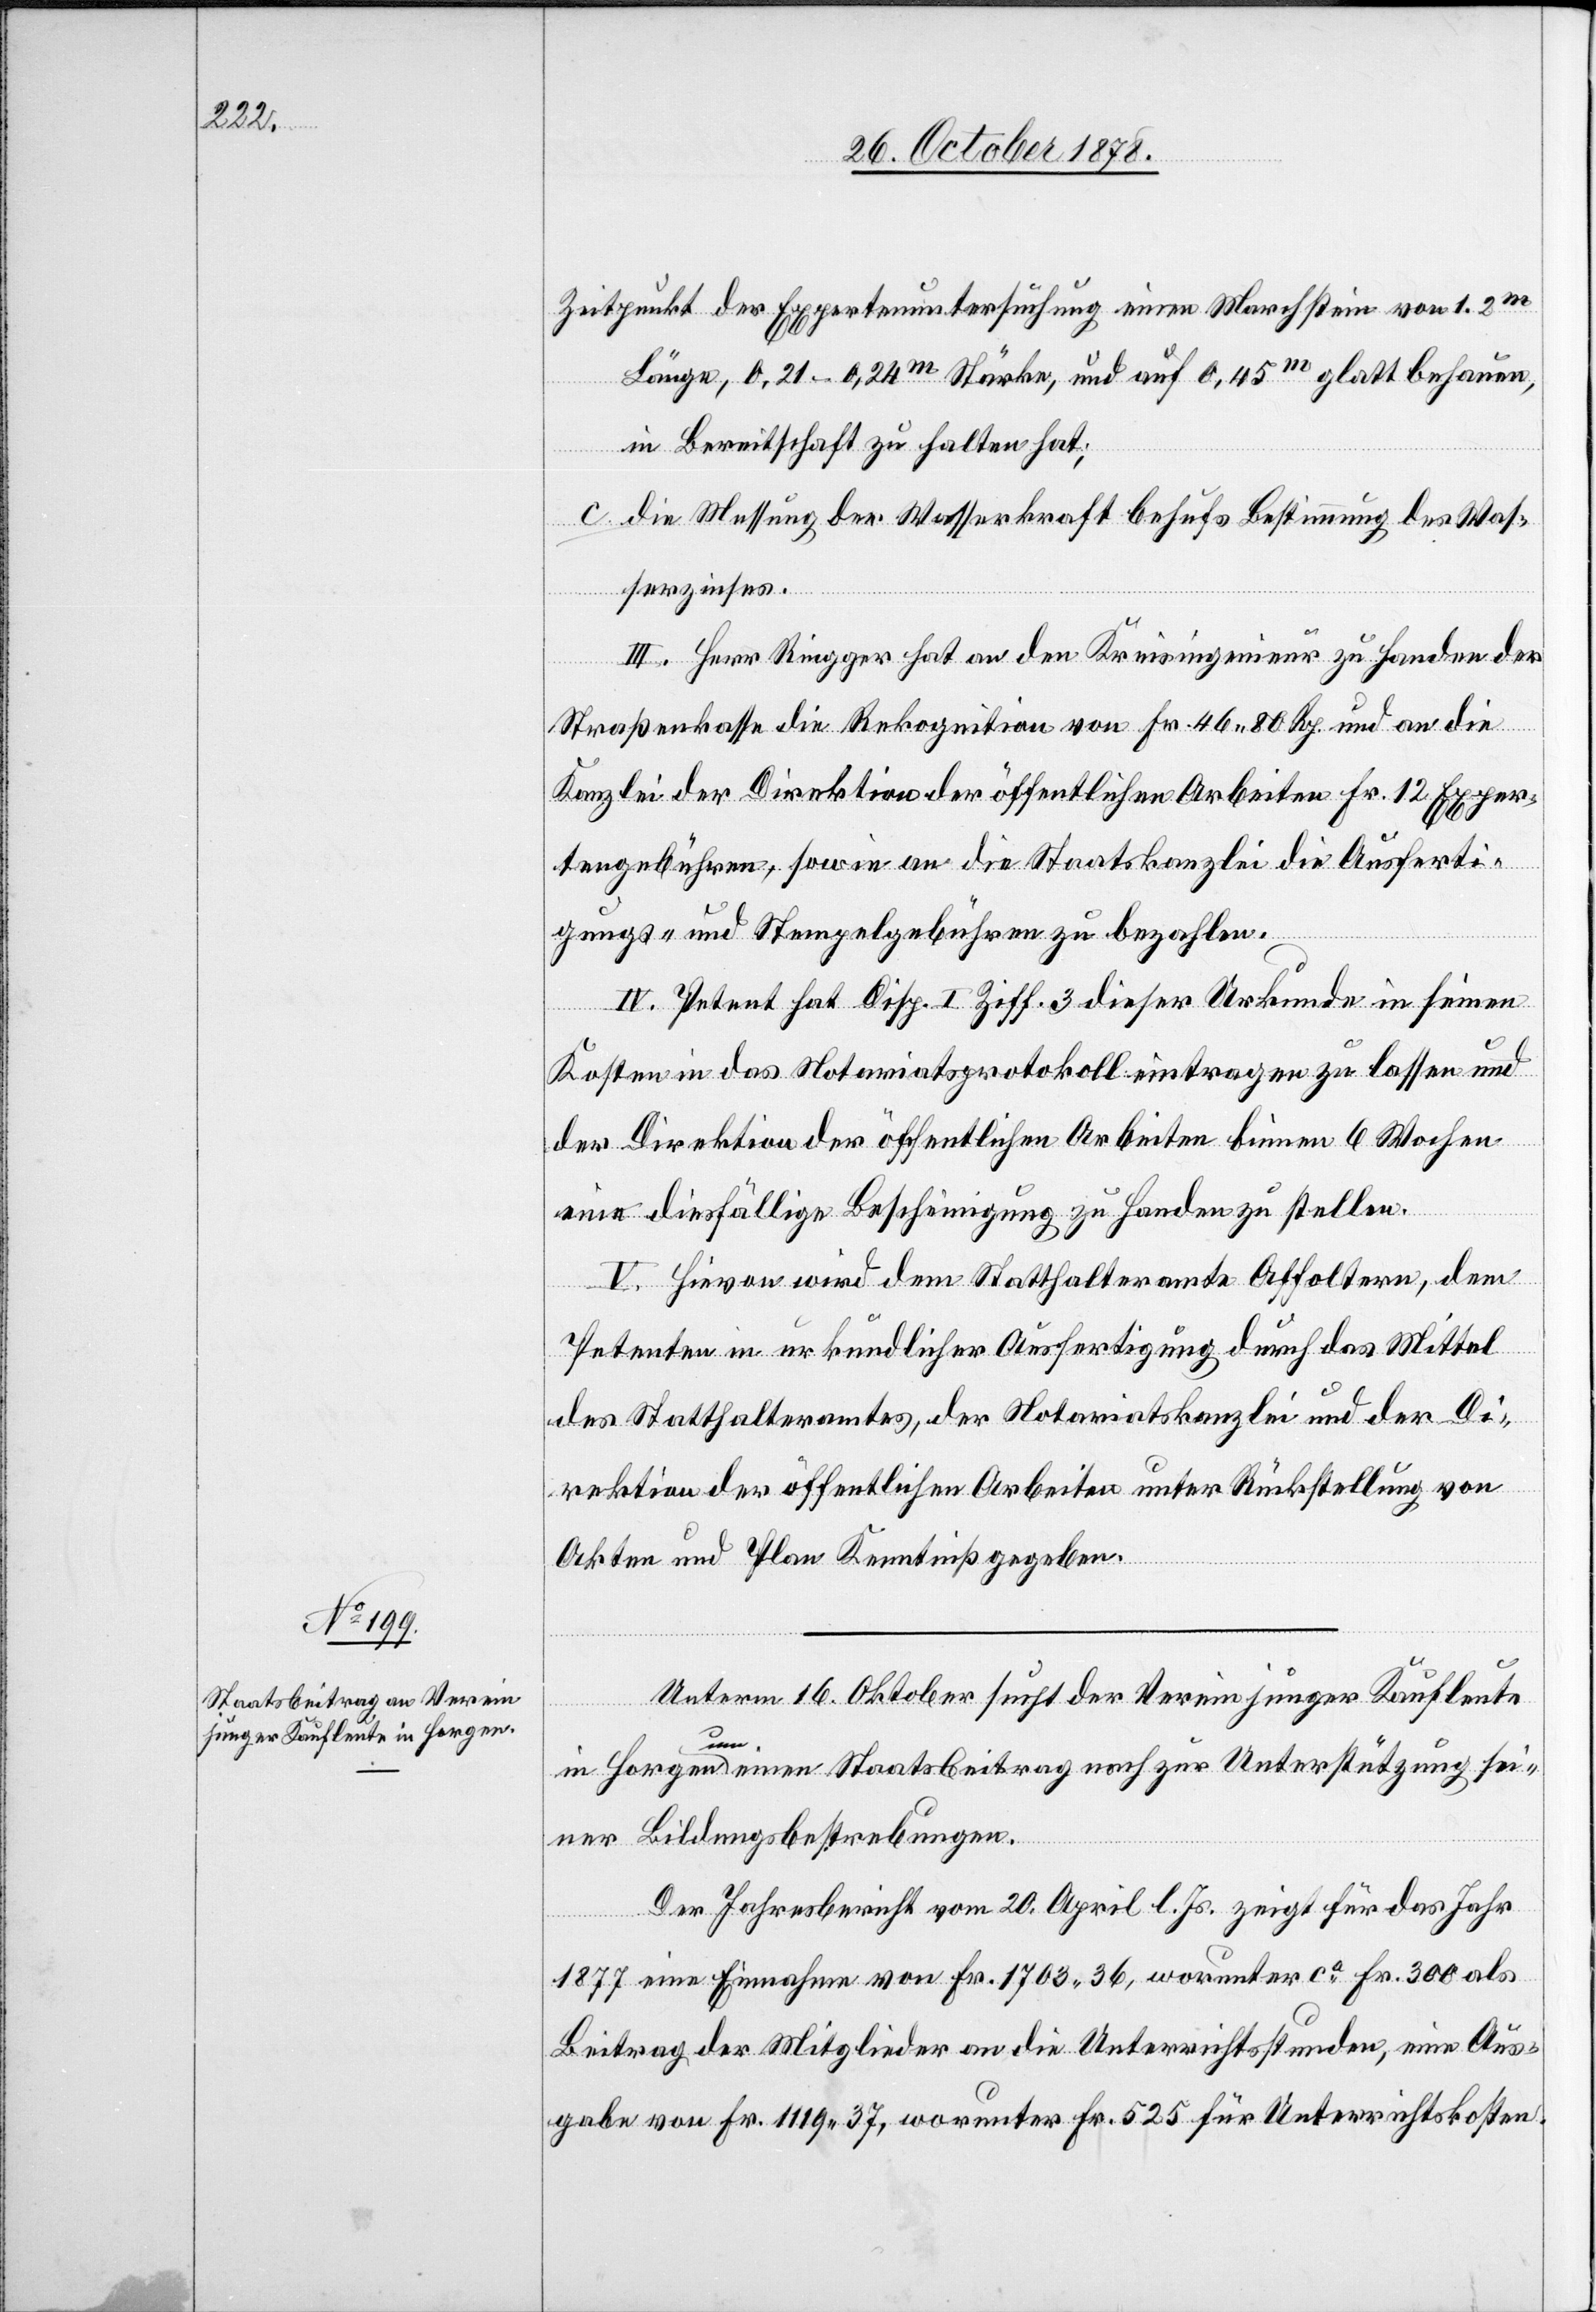
Zeitpunkt der Expertenuntersuchung einen Marchstein von 1.2m
Länge, 0,21–0,24m Stärke, und auf 0,45m glatt behauen,
in Bereitschaft zu halten hat;
c. die Messung der Wasserkraft behufs Bestimmung des Was¬
serzinses.
III. Herr Ringger hat an den Kreisingenieur zu Handen der
Straßenkasse die Rekognition von Fr. 46 80 Rp. und an die
Kanzlei der Direktion der öffentlichen Arbeiten Fr. 12 Exper¬
tengebühren, sowie an die Staatskanzlei die Ausferti¬
gungs- und Stempelgebühren zu bezahlen.
IV. Petent hat Disp. I Ziff. 3 dieser Urkunde in seinen
Kosten in das Notariatsprotokoll eintragen zu lassen und
der Direktion der öffentlichen Arbeiten binnen 6 Wochen
eine diesfällige Bescheinigung zu Handen zu stellen.
V. Hievon wird dem Statthalteramte Affoltern, dem
Petenten in urkundlicher Ausfertigung durch das Mittel
des Statthalteramtes, der Notariatskanzlei und der Di¬
rektion der öffentlichen Arbeiten unter Rückstellung von
Akten und Plan Kenntniß gegeben.
Unterm 16. Oktober sucht der Verein junger Kaufleute
in Horgen um einen Staatsbeitrag nach zur Unterstützung sei¬
ner Bildungsbestrebungen.
Der Jahresbericht vom 20. April l. Js. zeigt für das Jahr
1877 eine Einnahme von Fr. 1703 36, worunter ca Fr. 300 als
Beitrag der Mitglieder an die Unterrichtsstunden, eine Aus¬
gabe von Fr. 1119 37, worunter Fr. 525 für Unterrichtskosten.